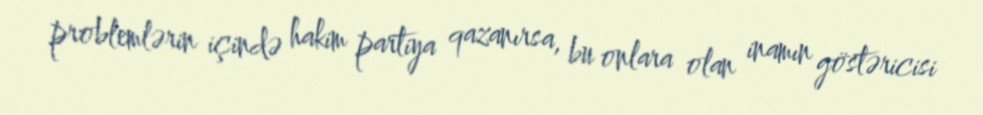
problemlərin içində hakim partiya qazanırsa, bu onlara olan inamın göstəricisi